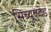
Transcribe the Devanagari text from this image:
सिच्यूएटेड